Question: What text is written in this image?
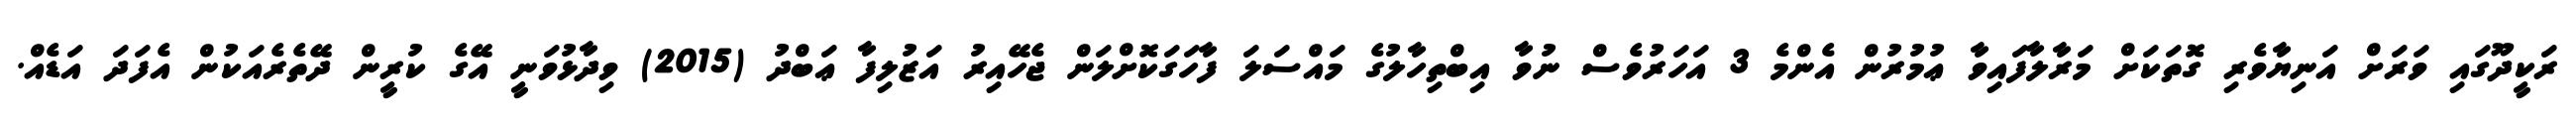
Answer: ރަކީދޫގައި ވަރަށް އަނިޔާވެރި ގޮތަކަށް މަރާލާފައިވާ ޢުމުރުން އެންމެ 3 އަހަރުވެސް ނުވާ އިބްތިހާލުގެ މައްސަލަ ފާހަގަކޮށްލަން ޖެހޭއިރު އަޒުލިފާ ޢަބްދު (2015) ވިދާޅުވަނީ އޭގެ ކުރީން ދޭތެރެއަކުން އެފަދަ އަޑެއް.